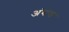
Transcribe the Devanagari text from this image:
अंबाड